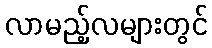
လာမည့်လများတွင်